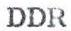
DDR